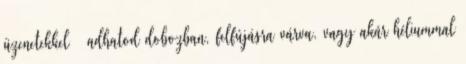
üzenetekkel – adhatod dobozban, felfújásra várva, vagy akár héliummal